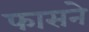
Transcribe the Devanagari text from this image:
फासने